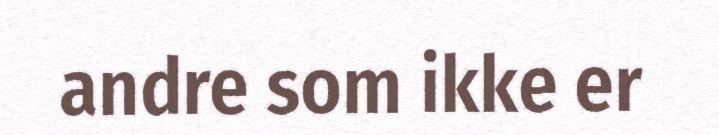
andre som ikke er